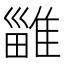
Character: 𨿴